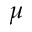
\mu